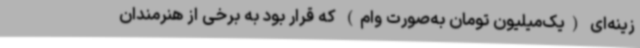
زینه‌ای (یک‌میلیون تومان به‌صورت وام) که قرار بود به برخی از هنرمندان